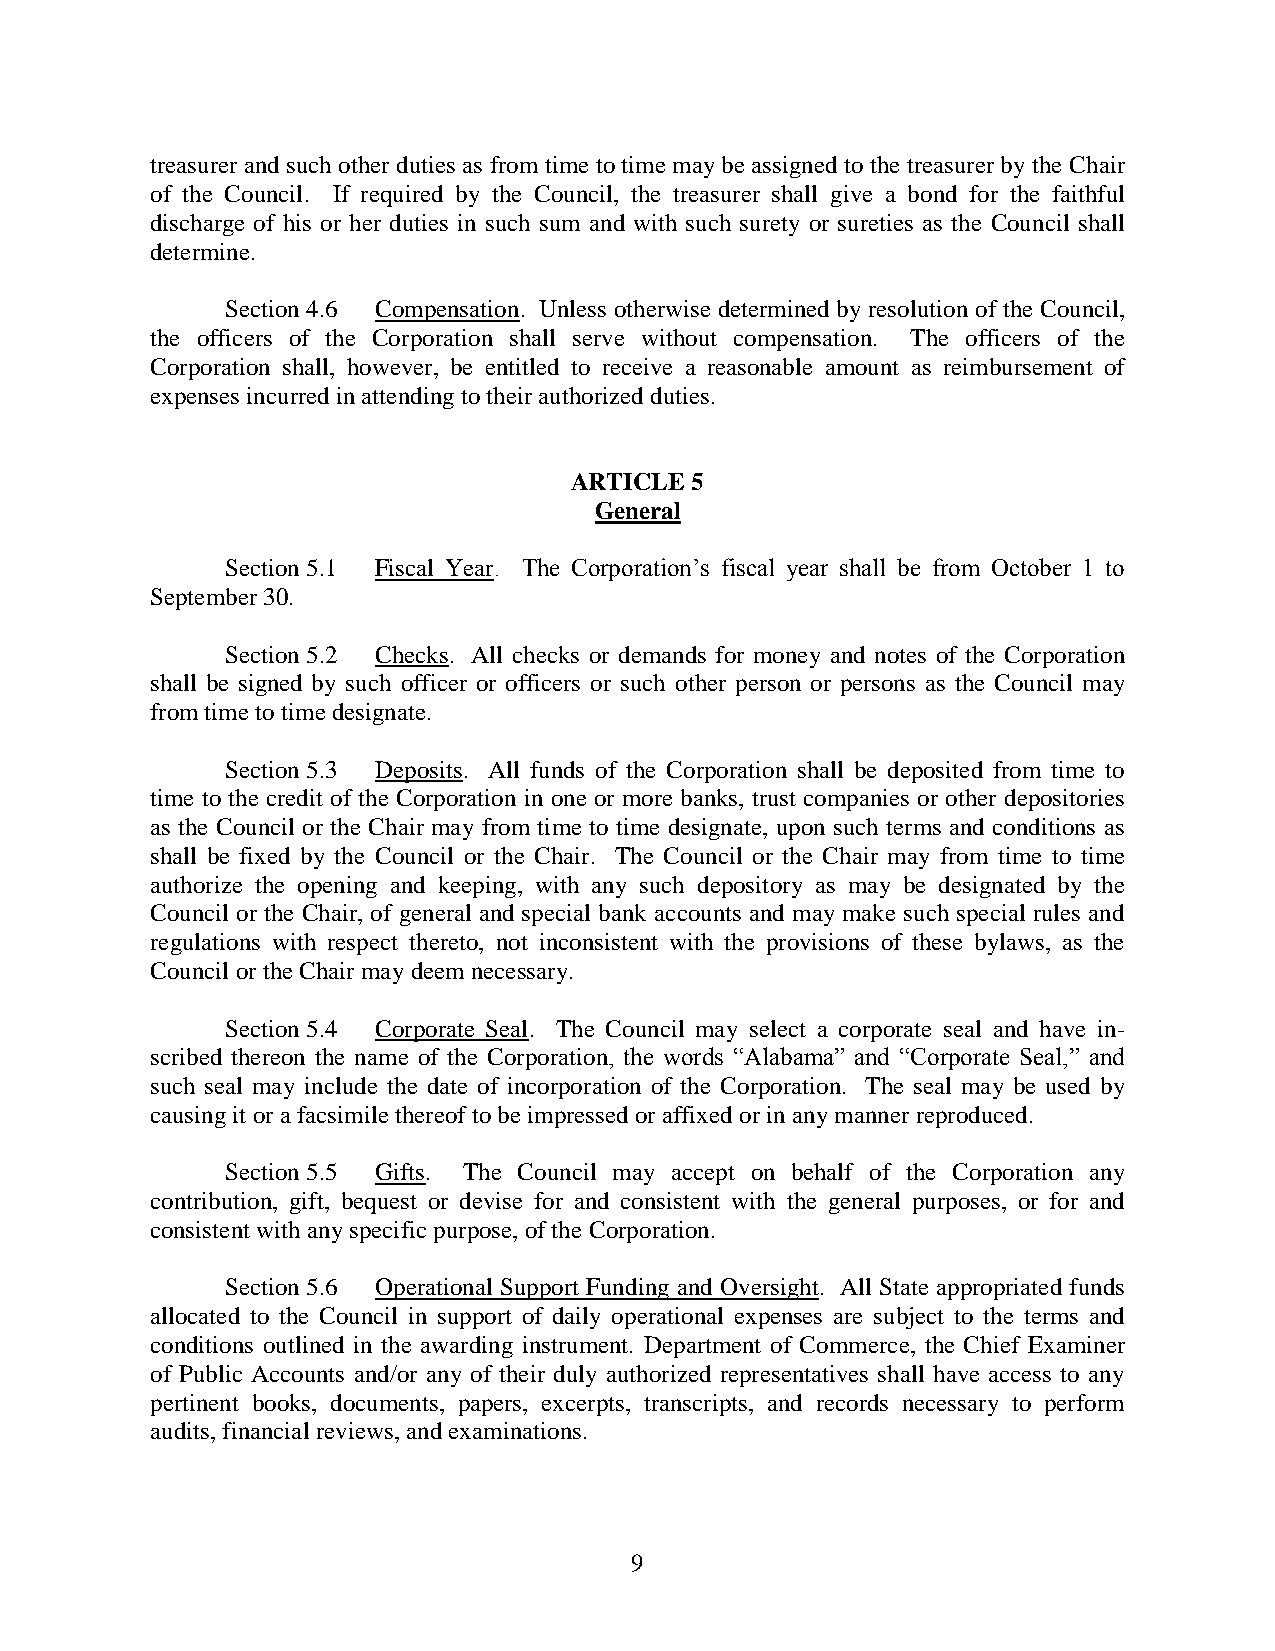
treasurer and such other duties as from time to time may be assigned to the treasurer by the Chair
 of the Council. If required by the Council, the treasurer shall give a bond for the faithful
 discharge of his or her duties in such sum and with such surety or sureties as the Council shall
 determine.
 Section 4.6 Compensation. Unless otherwise determined by resolution of the Council,
 the officers of the Corporation shall serve without compensation. The officers of the
 Corporation shall, however, be entitled to receive a reasonable amount as reimbursement of
 expenses incurred in attending to their authorized duties.
 ARTICLE 5
 General
 Section 5.1 Fiscal Year. The Corporation’s fiscal year shall be from October 1 to
 September 30.
 Section 5.2 Checks. All checks or demands for money and notes of the Corporation
 shall be signed by such officer or officers or such other person or persons as the Council may
 from time to time designate.
 Section 5.3 Deposits. All funds of the Corporation shall be deposited from time to
 time to the credit of the Corporation in one or more banks, trust companies or other depositories
 as the Council or the Chair may from time to time designate, upon such terms and conditions as
 shall be fixed by the Council or the Chair. The Council or the Chair may from time to time
 authorize the opening and keeping, with any such depository as may be designated by the
 Council or the Chair, of general and special bank accounts and may make such special rules and
 regulations with respect thereto, not inconsistent with the provisions of these bylaws, as the
 Council or the Chair may deem necessary.
 Section 5.4 Corporate Seal. The Council may select a corporate seal and have in-
 scribed thereon the name of the Corporation, the words “Alabama” and “Corporate Seal,” and
 such seal may include the date of incorporation of the Corporation. The seal may be used by
 causing it or a facsimile thereof to be impressed or affixed or in any manner reproduced.
 Section 5.5 Gifts. The Council may accept on behalf of the Corporation any
 contribution, gift, bequest or devise for and consistent with the general purposes, or for and
 consistent with any specific purpose, of the Corporation.
 Section 5.6 Operational Support Funding and Oversight. All State appropriated funds
 allocated to the Council in support of daily operational expenses are subject to the terms and
 conditions outlined in the awarding instrument. Department of Commerce, the Chief Examiner
 of Public Accounts and/or any of their duly authorized representatives shall have access to any
 pertinent books, documents, papers, excerpts, transcripts, and records necessary to perform
 audits, financial reviews, and examinations.
 9